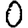
Digit: 0